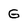
Character: G